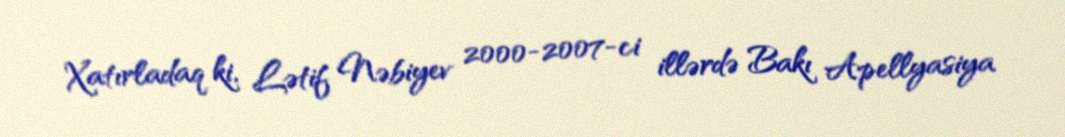
Xatırladaq ki, Lətif Nəbiyev 2000-2007-ci illərdə Bakı Apellyasiya